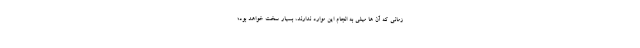
زمانی که آن ها میلی به انجام این موارد ندارند، بسیار سخت خواهد بود؛